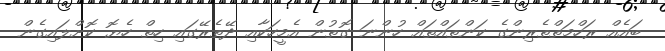
ބައެއް ރަހްމަތްތެރިންގެ ކަންތައްތައް ހުންނަ ގޮތުން އެމީހަކާއި ދޭތެރޭގައި ހިތް ހެޔޮ ކޮށްލައިގެން